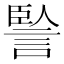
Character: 𧨭